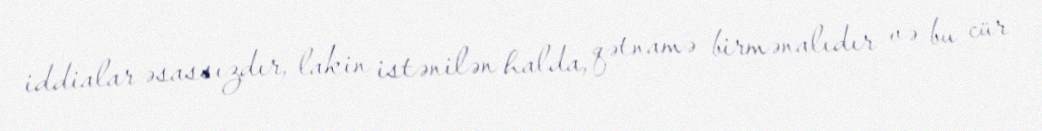
iddialar əsassızdır, lakin istənilən halda, qətnamə birmənalıdır və bu cür